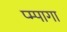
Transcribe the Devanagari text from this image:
प्म्पागा